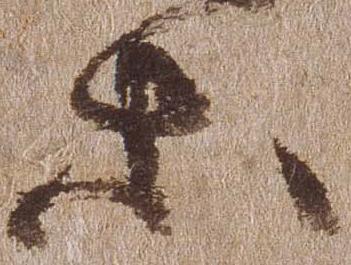
等